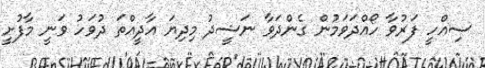
ސިއްހީ ފަރުވާ ހޯއްދަވަމުން ގެންދަވާ ނަޝީދު މިދިޔަ އާދީއްތަ ދުވަހު ވަނީ މާފުށީ